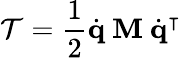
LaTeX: \mathcal{T}={\frac{{1}}{{2}}}{\dot{{\mathbf{{q}}}}}\ \mathbf{{M}}\ {\dot{{\mathbf{{q}}}}}^{\intercal}